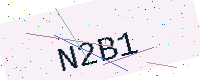
Text: N2B1